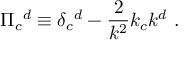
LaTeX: \Pi _ { c } { } ^ { d } \equiv \delta _ { c } { } ^ { d } - { \frac { 2 } { k ^ { 2 } } } k _ { c } k ^ { d } \ .